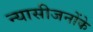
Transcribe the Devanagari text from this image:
न्यासीजनोंके